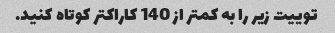
توییت زیر را به کمتر از 140 کاراکتر کوتاه کنید.